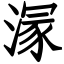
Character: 溕